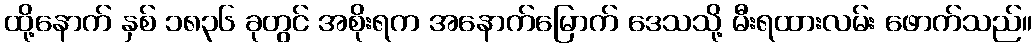
ထို့နောက် နှစ် ၁၈၃၆ ခုတွင် အစိုးရက အနောက်မြောက် ဒေသသို့ မီးရထားလမ်း ဖောက်သည်။